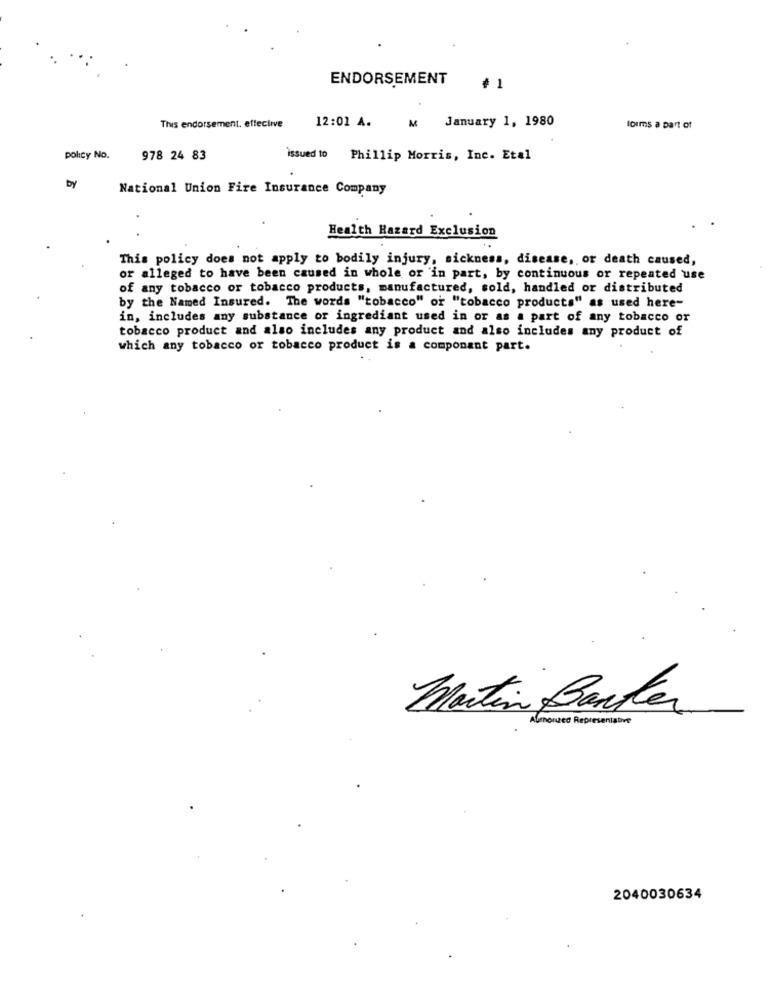
ENDORSEMENT
+ 1
12:01 A.
M January 1, 1980
This endorsement, effective
forms a part of
policy No.
978 24 83
issued to Phillip Morris, Inc. Etal
by
National Union Fire Insurance Company
Health Hazard Exclusion
This policy does not apply to bodily injury, sickness, disease, or death caused,
or alleged to have been caused in whole or in part, by continuous or repeated use
of any tobacco or tobacco products, manufactured, sold, handled or distributed
by the Named Insured. The words "tobacco" or "tobacco products" as used here-
in, includes any substance or ingrediant used in or as a part of any tobacco or
tobacco product and also includes any product and also includes any product of
which any tobacco or tobacco product is a component part.
Martin Banker
Almorued Representative
2040030634